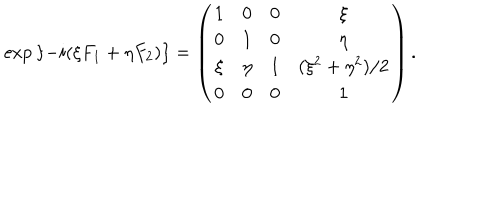
\exp { \left\{ - i ( \xi F _ { 1 } + \eta F _ { 2 } ) \right\} } = \left( \begin{matrix} { { 1 } } & { { 0 } } & { { 0 } } & { { \xi } } \\ { { 0 } } & { { 1 } } & { { 0 } } & { { \eta } } \\ { { \xi } } & { { \eta } } & { { 1 } } & { { ( \xi ^ { 2 } + \eta ^ { 2 } ) / 2 } } \\ { { 0 } } & { { 0 } } & { { 0 } } & { { 1 } } \\ \end{matrix} \right) .